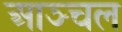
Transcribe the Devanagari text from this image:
आञ्चल